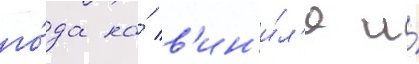
го́да на́ в'ин'и́л'е и́